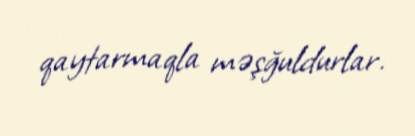
qaytarmaqla məşğuldurlar.